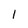
Character: I